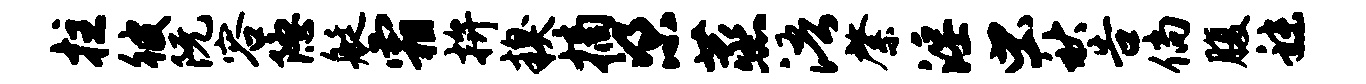
拄彼阮容隐艇霜拚糗摘梁蒸浯綮淫虫秋告倘腹秣